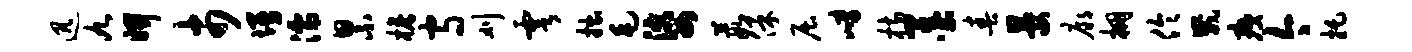
迅九妍市墁濡累檐守刈雩拙毛婆葭保屈嶂枋墨春晏廊棚伶崴痍今托